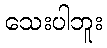
သေးပါဘူး